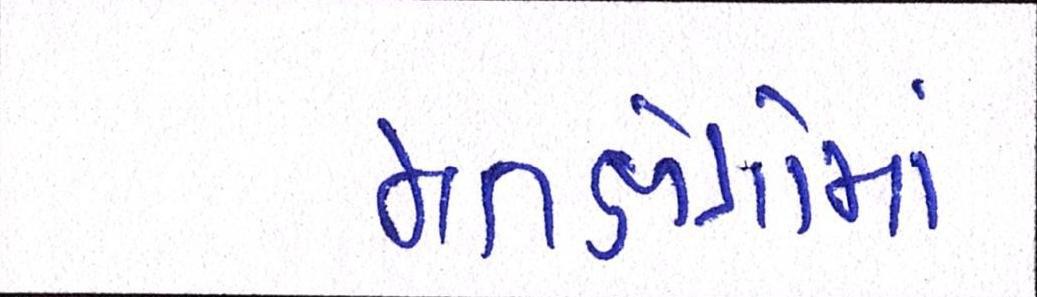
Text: મતક્ષેત્રોમાં